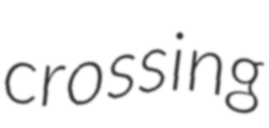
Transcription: crossing